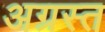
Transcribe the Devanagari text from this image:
अग्रस्त